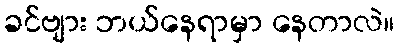
ခင်ဗျား ဘယ်နေရာမှာ နေတာလဲ။